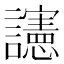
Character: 䜢